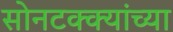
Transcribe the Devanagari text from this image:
सोनटक्क्यांच्या